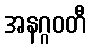
အနဂ္ဂဝတီ